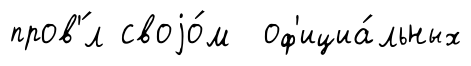
пров'́л своjо́м оф'ициа́льных